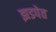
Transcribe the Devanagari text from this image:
झडपेत